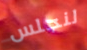
لنجلس